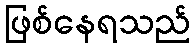
ဖြစ်နေရသည်